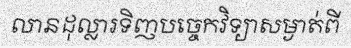
លានដុល្លារទិញបច្ចេកវិទ្យាសម្ងាត់ពី